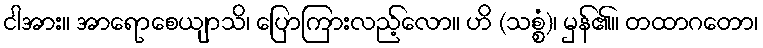
ငါအား။ အာရောစေယျာသိ၊ ပြောကြားလည့်လော။ ဟိ (သစ္စံ)၊ မှန်၏။ တထာဂတော၊